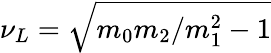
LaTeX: \nu_{L}=\sqrt{m_{0}m_{2}/m_{1}^{2}-1}